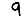
Digit: 9